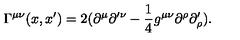
\Gamma ^ { \mu \nu } ( x , x ^ { \prime } ) = 2 ( \partial ^ { \mu } \partial ^ { \prime \nu } - \frac { 1 } { 4 } g ^ { \mu \nu } \partial ^ { \rho } \partial _ { \rho } ^ { \prime } ) .